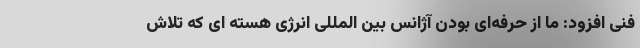
فنی افزود: ما از حرفه‌ای بودن آژانس بین المللی انرژی هسته ای که تلاش